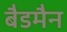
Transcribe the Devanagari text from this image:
बैडमैन